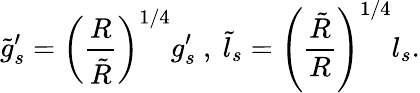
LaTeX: \tilde{g}_{s}^{\prime}=\left(\frac{R}{\tilde{R}}\right)^{1/4}g_{s}^{\prime}\ ,\ \tilde{l}_{s}=\left(\frac{\tilde{R}}{R}\right)^{1/4}l_{s}.